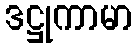
ဒဋ္ဌုကာမာ